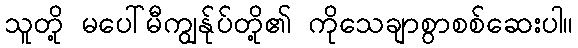
သူတို့ မပေါ်မီကျွန်ုပ်တို့၏ ကိုသေချာစွာစစ်ဆေးပါ။